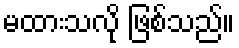
မထားသလို ဖြစ်သည်။